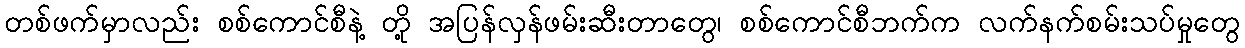
တစ်ဖက်မှာလည်း စစ်ကောင်စီနဲ့ တို့ အပြန်လှန်ဖမ်းဆီးတာတွေ၊ စစ်ကောင်စီဘက်က လက်နက်စမ်းသပ်မှုတွေ